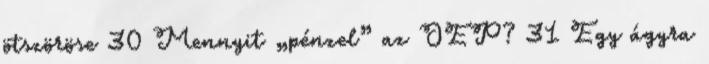
ötszöröse 30 Mennyit „pénzel” az OEP? 31 Egy ágyra